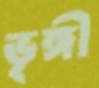
ভৃঙ্গী